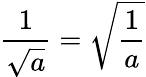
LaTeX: {\frac{1}{\sqrt{a}}}={\sqrt{\frac{1}{a}}}